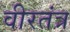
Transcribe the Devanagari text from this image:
वीरतंत्र